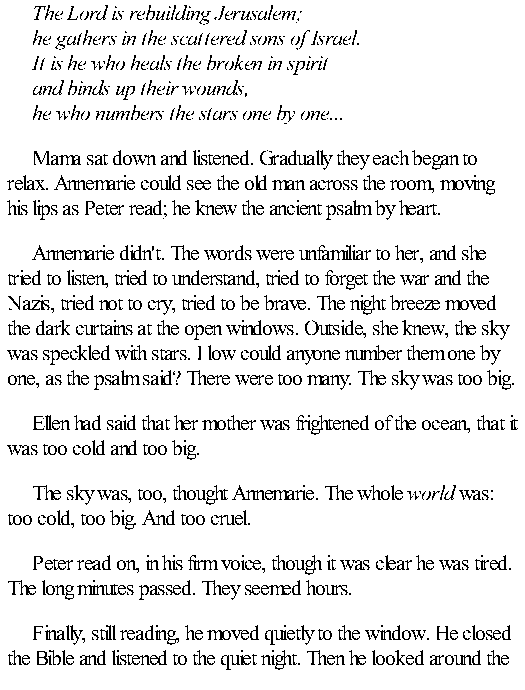
The Lord is rebuilding Jerusalem;
 he gathers in the scattered sons of Israel.
 It is he who heals the broken in spirit
 and binds up their wounds,
 he who numbers the stars one by one...
 Mama sat down and listened. Gradually they each began to
 relax. Annemarie could see the old man across the room, moving
 his lips as Peter read; he knew the ancient psalm by heart.
 Annemarie didn't. The words were unfamiliar to her, and she
 tried to listen, tried to understand, tried to forget the war and the
 Nazis, tried not to cry, tried to be brave. The night breeze moved
 the dark curtains at the open windows. Outside, she knew, the sky
 was speckled with stars. I low could anyone number them one by
 one, as the psalm said? There were too many. The sky was too big.
 Ellen had said that her mother was frightened of the ocean, that it
 was too cold and too big.
 The sky was, too, thought Annemarie. The whole world was:
 too cold, too big. And too cruel.
 Peter read on, in his firm voice, though it was clear he was tired.
 The long minutes passed. They seemed hours.
 Finally, still reading, he moved quietly to the window. He closed
 the Bible and listened to the quiet night. Then he looked around the